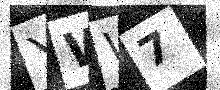
Text: YWW7